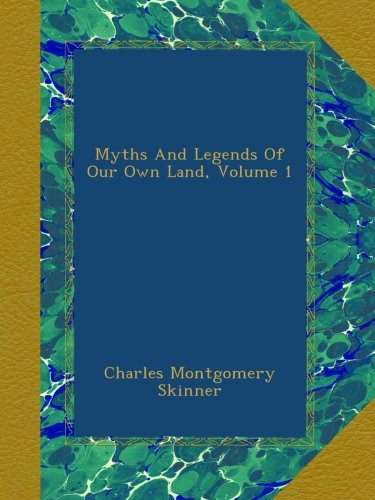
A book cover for Myths And Legends Of Our Own Land, Volume 1; Charles Montgomery Skinner; Humor & Entertainment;